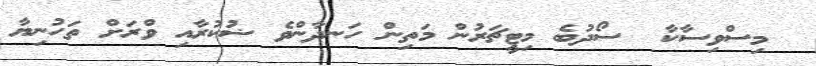
މިސްވިސާކާ  ސޯދުބެ މިޓީޗަރުން މަތިން ހަނދާންވެ ޟުކުރާއި ވްރަށް ތަހުނިޔާ